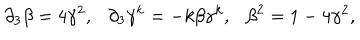
{ \partial } _ { 3 } \beta = 4 { \gamma } ^ { 2 } , { \partial } _ { 3 } { \gamma } ^ { k } = - k \beta { \gamma } ^ { k } , { \beta } ^ { 2 } = 1 - 4 { \gamma } ^ { 2 } ,